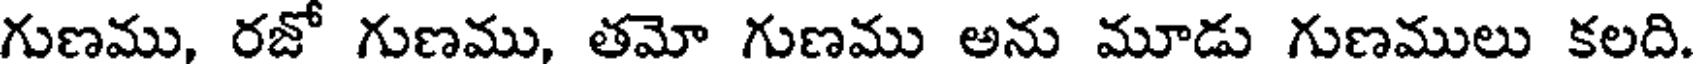
గుణము, రజో గుణము, తమో గుణము అను మూడు గుణములు కలది.